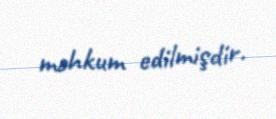
məhkum edilmişdir.